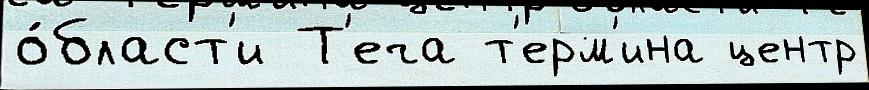
о́бласт'и Т'еча т'ерм'ина центр